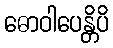
ဓောဝါပေန္တိပိ